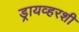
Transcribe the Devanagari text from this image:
ड्रायव्हरशी